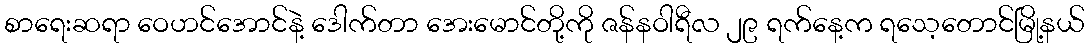
စာရေးဆရာ ဝေဟင်အောင်နဲ့ ဒေါက်တာ အေးမောင်တို့ကို ဇန်နဝါရီလ ၂၉ ရက်နေ့က ရသေ့တောင်မြို့နယ်